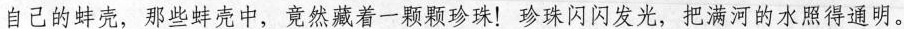
自己的蚌壳，那些蚌壳中，竟然藏着一颗颗珍珠！珍珠闪闪发光，把满河的水照得通明。